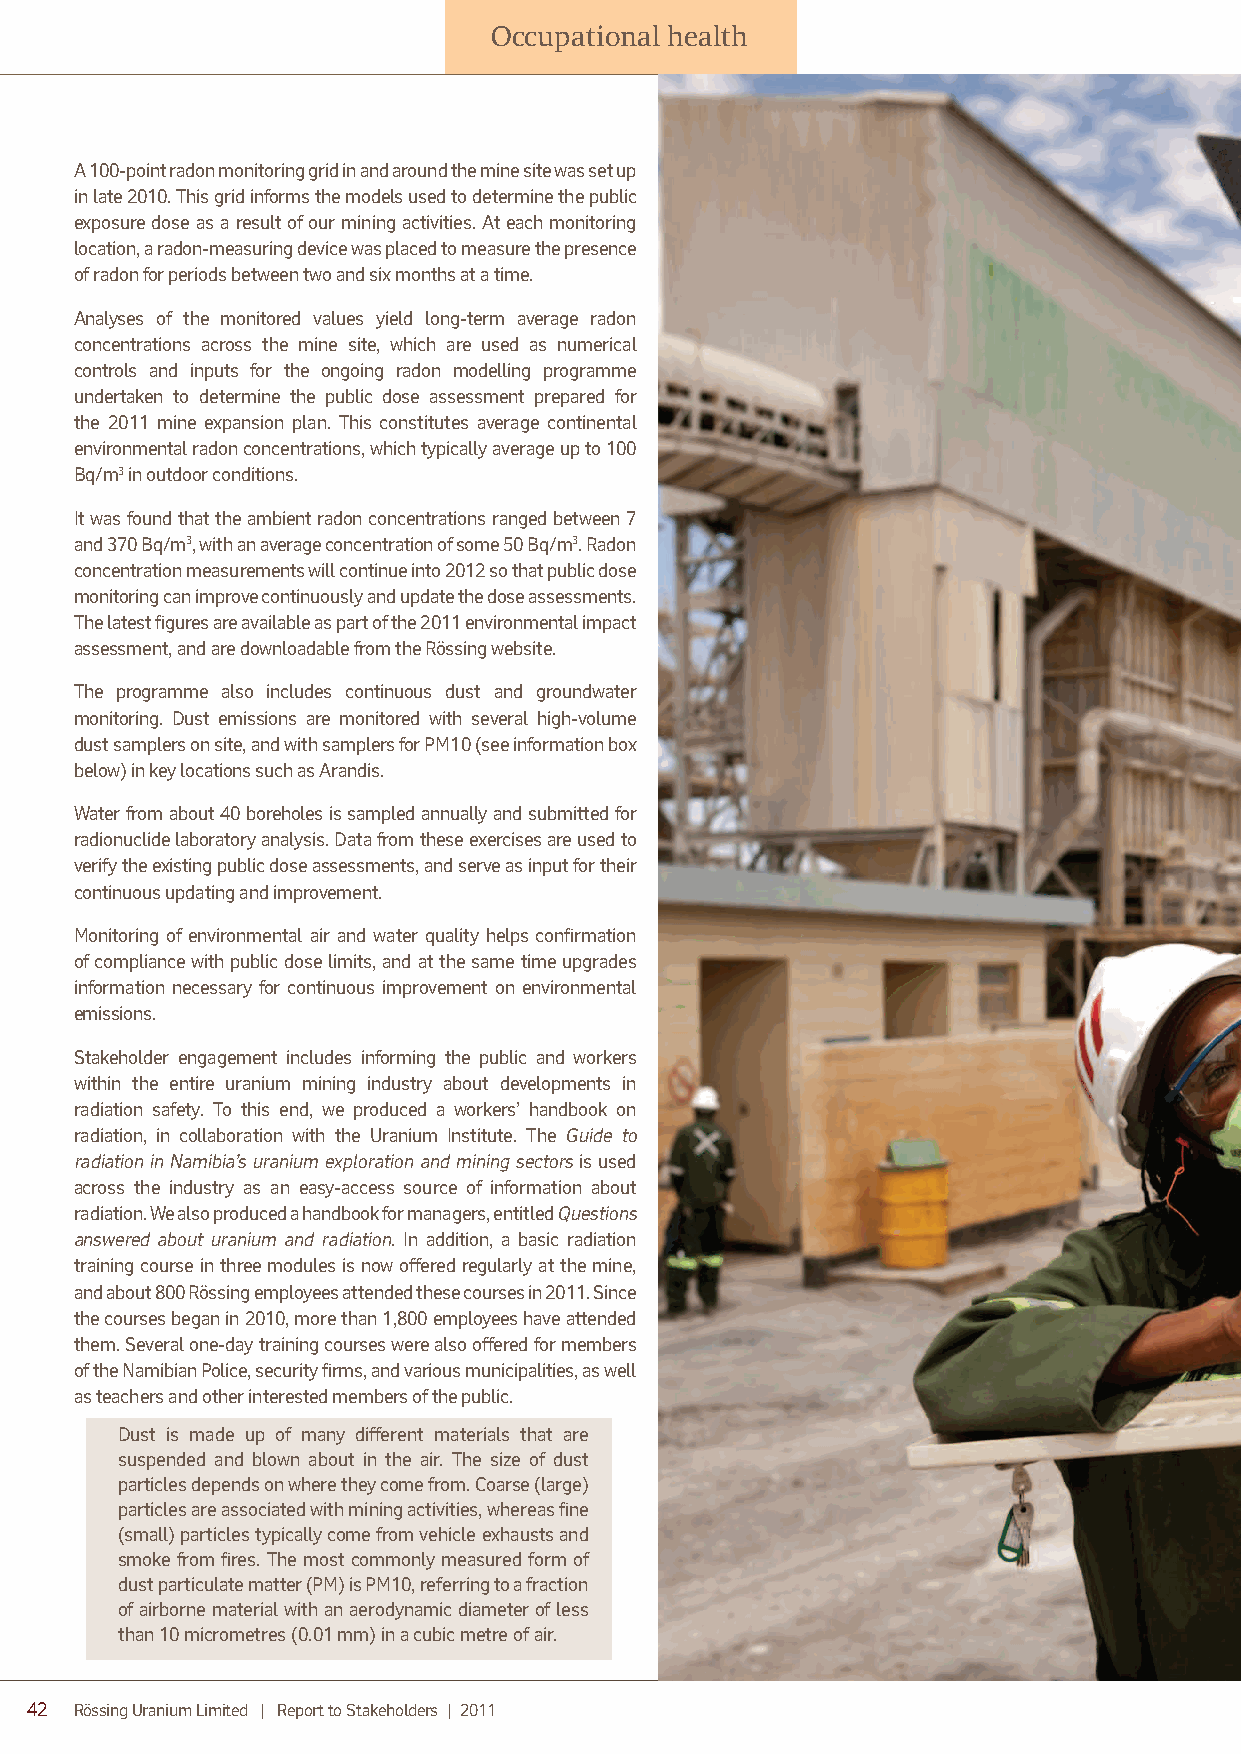
Occupational health
 A 100-point radon monitoring grid in and around the mine site was set up
 in late 2010. This grid informs the models used to determine the public
 exposure dose as a result of our mining activities. At each monitoring
 location, a radon-measuring device was placed to measure the presence
 of radon for periods between two and six months at a time.
 Analyses of the monitored values yield long-term average radon
 concentrations across the mine site, which are used as numerical
 controls and inputs for the ongoing radon modelling programme
 undertaken to determine the public dose assessment prepared for
 the 2011 mine expansion plan. This constitutes average contin ent al
 environmental radon concentrations, which typically average up to 100
 Bq/m3 in outdoor conditions.
 It was found that the ambient radon concentrations ranged between 7
 and 370 Bq/m3, with an average concentration of some 50 Bq/m3. Radon
 concentration measurements will continue into 2012 so that public dose
 monitoring can improve continuously and update the dose assessments.
 The latest figures are available as part of the 2011 environmental impact
 assessment, and are downloadable from the Rössing website.
 The programme also includes continuous dust and groundwater
 monitoring. Dust emissions are monitored with several high-volume
 dust samplers on site, and with samplers for PM10 (see inform ation box
 below) in key locations such as Arandis.
 Water from about 40 boreholes is sampled annually and submitted for
 radionuclide laboratory analysis. Data from these exercises are used to
 verify the existing public dose assessments, and serve as input for their
 continuous updating and improvement.
 Monitoring of environmental air and water quality helps confirmat ion
 of compliance with public dose limits, and at the same time upgrades
 information necessary for continuous improvement on environmental
 emissions.
 Stakeholder engagement includes informing the public and workers
 within the entire uranium mining industry about developments in
 radiation safety. To this end, we produced a workers’ handbook on
 radiation, in collaboration with the Uranium Institute. The Guide to
 radiation in Namibia’s uranium exploration and mining sectors is used
 across the industry as an easy-access source of information about
 radiation. We also produced a handbook for managers, entitled Questions
 answered about uranium and radiation. In addition, a basic radiation
 training course in three modules is now offered regularly at the mine,
 and about 800 Rössing employees attended these courses in 2011. Since
 the courses began in 2010, more than 1,800 employees have attended
 them. Several one-day training courses were also offered for members
 of the Namibian Police, security firms, and various municipalities, as well
 as teachers and other interested members of the public.
 Dust is made up of many different materials that are
 suspended and blown about in the air. The size of dust
 particles depends on where they come from. Coarse (large)
 particles are associated with mining activities, whereas fine
 (small) particles typically come from vehicle exhausts and
 smoke from fires. The most commonly measured form of
 dust particulate matter (PM) is PM10, referring to a fraction
 of airborne material with an aerodynamic diameter of less
 than 10 micrometres (0.01 mm) in a cubic metre of air.
 42 Rössing Uranium Limited | Report to Stakeholders | 2011